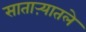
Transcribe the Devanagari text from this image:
साताऱ्यातले